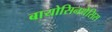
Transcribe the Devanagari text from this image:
बायोसिनथेसिस